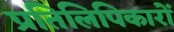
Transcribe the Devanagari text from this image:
प्रतिलिपिकारों